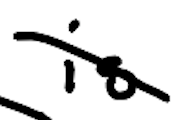
Text: is
Cross-out: diagonal
Writing tool: digital_black